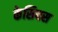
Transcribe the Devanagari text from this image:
केसियस